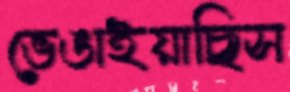
ভেঙাইয়াছিস